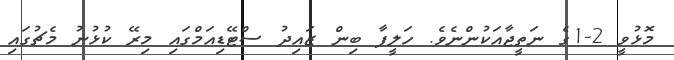
މޮޅުވީ 2-1ގެ ނަތީޖާއަކުންނެވެ. ހަލީފާ ބިން ޒައިދު ސްޓޭޑިއަމްގައި މިރޭ ކުޅުނު މެޗުގައި